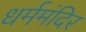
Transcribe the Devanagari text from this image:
धर्ममंदिर